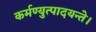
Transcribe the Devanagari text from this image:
कर्मण्युत्पादयन्ते।